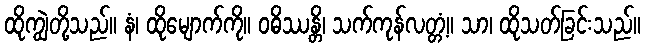
ထိုကျွဲတို့သည်။ နံ၊ ထိုမျောက်ကို။ ဝဓိဿန္တိ၊ သက်ကုန်လတ္တံ့။ သာ၊ ထိုသတ်ခြင်းသည်။